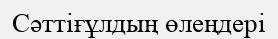
Сәттіғұлдың өлеңдері